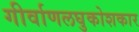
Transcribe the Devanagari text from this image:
गीर्वाणलघुकोशकार